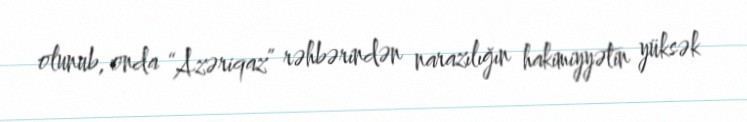
olunub, onda “Azəriqaz” rəhbərindən narazılığın hakimiyyətin yüksək